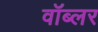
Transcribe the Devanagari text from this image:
वॉब्लर